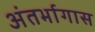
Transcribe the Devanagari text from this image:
अंतर्भागास